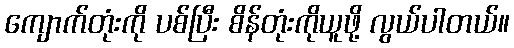
ကျောက်တုံးကို ပစ်ပြီး စိန်တုံးကိုယူဖို့ လွယ်ပါတယ်။